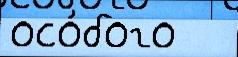
осо́бого